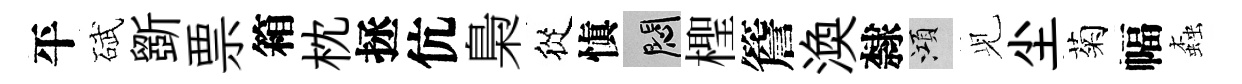
平碔斵票箱枕拯伉梟從愼悶檉簷渙隸澒𫤗尘菊幅螙